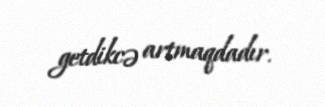
getdikcə artmaqdadır.